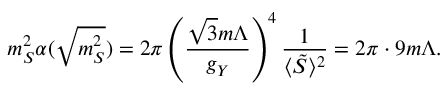
m _ { S } ^ { 2 } \alpha ( \sqrt { m _ { S } ^ { 2 } } ) = 2 \pi \left( { \frac { \sqrt { 3 } m \Lambda } { g _ { Y } } } \right) ^ { 4 } { \frac { 1 } { \langle \tilde { S } \rangle ^ { 2 } } } = 2 \pi \cdot 9 m \Lambda .